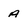
Character: A